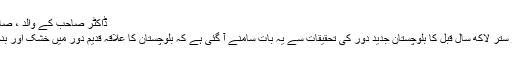
ڈاکٹر صاحب کے والد ، صاحب داد ...
چار کروڑ ستر لاکھ سال قبل کا بلوچستان جدید دور کی تحقیقات سے یہ بات سامنے آ گئی ہے کہ بلوچستان کا علاقہ قدیم دور میں خشک اور بنجر نہ تھا ۔